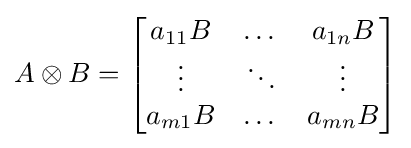
A\otimes B={\begin{bmatrix}a_{11}B&\dots &a_{1n}B\\\vdots &\ddots &\vdots \\a_{m1}B&\dots &a_{mn}B\end{bmatrix}}